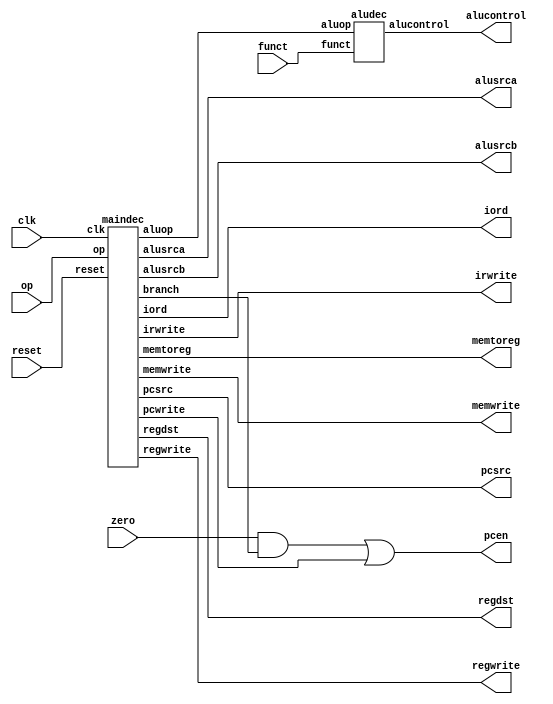
//-------------------------------------------------------
// mipsmulti.v
// Multicycle MIPS processor
//------------------------------------------------

module controller(input         clk, reset,
                  input   [5:0] op, funct,
                  input         zero,
                  output        pcen, memwrite, irwrite, regwrite,
                  output        alusrca, iord, memtoreg, regdst,
                  output  [1:0] alusrcb, pcsrc,
                  output  [2:0] alucontrol);

  wire [1:0] aluop;
  wire       branch, pcwrite;

  // Main Decoder and ALU Decoder subunits.
  maindec md(clk, reset, op,
             pcwrite, memwrite, irwrite, regwrite,
             alusrca, branch, iord, memtoreg, regdst, 
             alusrcb, pcsrc, aluop);
  aludec  ad(funct, aluop, alucontrol);
  // Implementacion del pcen a partir de lo observado
  // en el schematic
  assign pcen = (zero & branch) | pcwrite;
 
endmodule

module maindec(input         clk, reset, 
               input   [5:0] op, 
               output        pcwrite, memwrite, 
                    		 irwrite, regwrite,
               output        alusrca, branch, 
                             iord, memtoreg, regdst,
               output  [1:0] alusrcb, pcsrc,
               output  [1:0] aluop);

  parameter   FETCH   = 4'b0000;  // State 0
  parameter   DECODE  = 4'b0001;  // State 1
  parameter   MEMADR  = 4'b0010;	// State 2
  parameter   MEMRD   = 4'b0011;	// State 3
  parameter   MEMWB   = 4'b0100;	// State 4
  parameter   MEMWR   = 4'b0101;	// State 5
  parameter   RTYPEEX = 4'b0110;	// State 6
  parameter   RTYPEWB = 4'b0111;	// State 7
  parameter   BEQEX   = 4'b1000;	// State 8
  parameter   ADDIEX  = 4'b1001;	// State 9
  parameter   ADDIWB  = 4'b1010;	// state 10
  parameter   JEX     = 4'b1011;	// State 11

  parameter   LW      = 6'b100011;	// Opcode for lw
  parameter   SW      = 6'b101011;	// Opcode for sw
  parameter   RTYPE   = 6'b000000;	// Opcode for R-type
  parameter   BEQ     = 6'b000100;	// Opcode for beq
  parameter   ADDI    = 6'b001000;	// Opcode for addi
  parameter   J       = 6'b000010;	// Opcode for j

  reg [3:0]  state, nextstate;
  reg [14:0] controls;

  // state register
  always @(posedge clk or posedge reset)			
    if(reset) state <= FETCH;
    else state <= nextstate;

  // next state logic
  always @(*)
    case(state)
      FETCH:   nextstate <= DECODE;
      DECODE:  case(op)
                 LW:      nextstate <= MEMADR;
                 SW:      nextstate <= MEMADR;
                 RTYPE:   nextstate <= RTYPEEX;
                 BEQ:     nextstate <= BEQEX;
                 ADDI:    nextstate <= ADDIEX;
                 J:       nextstate <= JEX;
                 default: nextstate <= FETCH; // 4'bx should never happen
               endcase
      MEMADR: case(op)
				LW:	nextstate <= MEMRD;
				SW: nextstate <= MEMWR;
				default: nextstate <= FETCH; // should never happen
			  endcase
      MEMRD: nextstate <= MEMWB;
      MEMWB: nextstate <= FETCH;
      MEMWR: nextstate <= FETCH;
      RTYPEEX: nextstate <= RTYPEWB;
      RTYPEWB: nextstate <= FETCH;
      BEQEX:   nextstate <= FETCH; 
      ADDIEX:  nextstate <= ADDIWB;
      ADDIWB:  nextstate <= FETCH;
      JEX:     nextstate <= FETCH;
      default: nextstate <= FETCH; // should never happen
    endcase

  // output logic
  assign {pcwrite, memwrite, irwrite, regwrite, 
          alusrca, branch, iord, memtoreg, regdst,
          alusrcb, pcsrc, aluop} = controls;

  //Logica ouput para cada estado
  always @(*)
    case(state)
      FETCH:   controls <= 15'h5010; //S0
      DECODE:  controls <= 15'h0030; //S1
	    MEMADR:  controls <= 15'h0420; //S2
	    MEMRD:   controls <= 15'h0100; //S3
      MEMWB:   controls <= 15'h0880; //S4
  	  MEMWR:   controls <= 15'h2100; //S5
	    RTYPEEX: controls <= 15'h0402; //S6
	    RTYPEWB: controls <= 15'h0840; //S7
      BEQEX:   controls <= 15'h0605; //S8
	    ADDIEX:  controls <= 15'h0420; //S9
	    ADDIWB:  controls <= 15'h0800; //S10
	    JEX:     controls <= 15'h4008; //S11
      default: controls <= 15'hxxxx; // should never happen
    endcase
endmodule

//Implementacion del ALUDEC
module aludec(input   [5:0] funct,
              input   [1:0] aluop,
              output reg [2:0] alucontrol);
	always @(*)
		case(aluop)
		 2'b00: alucontrol <= 3'b010;
		 2'b01: alucontrol <= 3'b110;
		 default: case(funct)
		 	6'b100000: alucontrol <= 3'b010; //add
			6'b100010: alucontrol <= 3'b110; //sub
			6'b100100: alucontrol <= 3'b000; //and
			6'b100101: alucontrol <= 3'b001; //or
			6'b101010: alucontrol <= 3'b111; //slt
			default:   alucontrol <= 3'bxxx; //???
          endcase
		endcase
endmodule